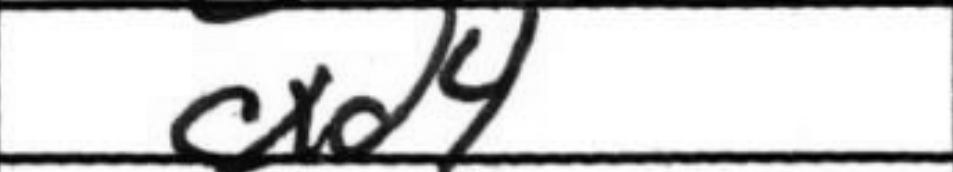
Transcription: cxd4